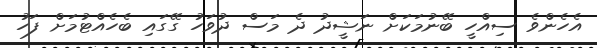
އެހެންވެ ސިއްހީ ބޭނުމަކަށް ނަޝީދު ދެ މަސް ދުވަހު ގޭގައި ބެހެއްޓުމަށް ފަހު